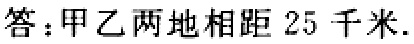
答：甲乙两地相距 25 千米.